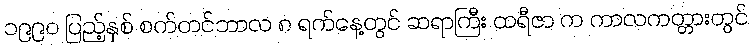
၁၉၉၀ ပြည့်နှစ် စက်တင်ဘာလ ၈ ရက်နေ့တွင် ဆရာကြီး ထရီဇာ က ကာလကတ္တားတွင်